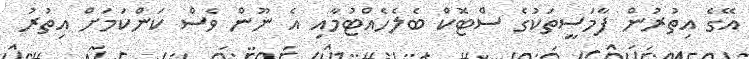
އޭގެ އިތުރުން ފާމަސީތަކުގެ ސްޓޮކް ބެލެހެއްޓުމާއި އެ ނޫން ވެސް ކަންކަމަށް އިތުރު